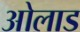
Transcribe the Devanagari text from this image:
ओलाड